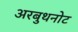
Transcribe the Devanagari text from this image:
अरबुथनोट